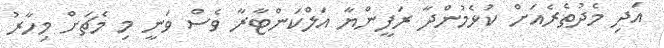
އަދި މެދުތެރެއަށް ކުޅެމުންދާ ރަފީންޔާ އަލްކަންޓާރާ ވެސް ވަނީ މި މެޗަށް މިހާރު